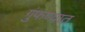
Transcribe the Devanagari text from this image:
गुंफण्यात